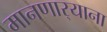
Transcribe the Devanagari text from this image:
मानणार्‍याना